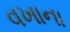
વખાના